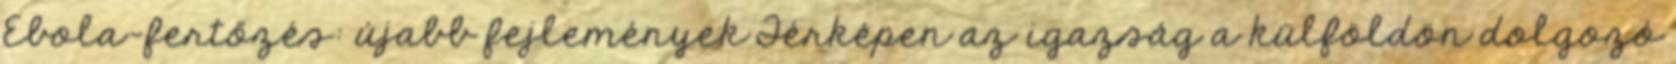
Ebola-fertőzés: újabb fejlemények Térképen az igazság a külföldön dolgozó